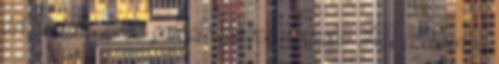
árt neki, ha efféle próbatételekben részesül. Hát ezekben, a